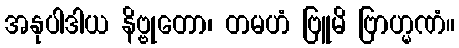
အနုပါဒါယ နိဗ္ဗုတော၊ တမဟံ ဗြူမိ ဗြာဟ္မဏံ။